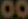
00